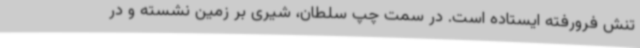
تنش فرورفته ایستاده است. در سمت چپ سلطان، شیری بر زمین نشسته و در